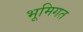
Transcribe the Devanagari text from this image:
भूमिगत